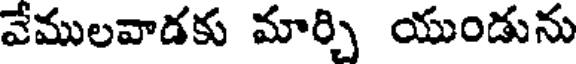
వేములవాడకు మార్చి యుండును